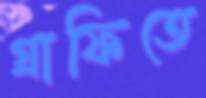
গ্রাফিতে